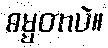
ဓမ္မတာပဲ။